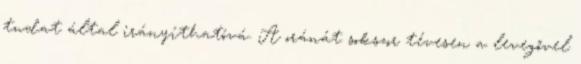
tudat által irányíthatóvá. A oránát sokszor tévesen a levegővel